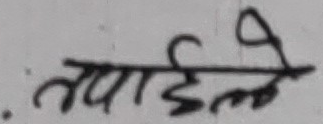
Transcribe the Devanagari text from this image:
तपाईंले